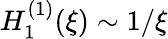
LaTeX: {H_{1}^{(1)}(\xi)\sim 1/\xi}